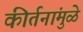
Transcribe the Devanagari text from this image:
कीर्तनांमुळे